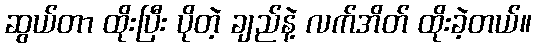
ဆွယ်တာ ထိုးပြီး ပိုတဲ့ ချည်နဲ့ လက်အိတ် ထိုးခဲ့တယ်။